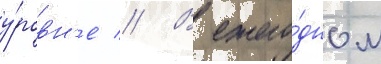
у́ровн'е // В ежего́дном